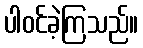
ပါဝင်ခဲ့ကြသည်။